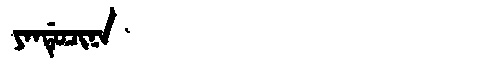
Manchu: ᠶᠠᠨᡩᡠᠴᡳᠨᠠ
Romanization: YANDUCINA